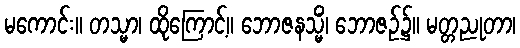
မကောင်း။ တသ္မာ၊ ထိုကြောင့်။ ဘောဇနသ္မိံ၊ ဘောဇဉ်၌။ မတ္တညုတာ၊